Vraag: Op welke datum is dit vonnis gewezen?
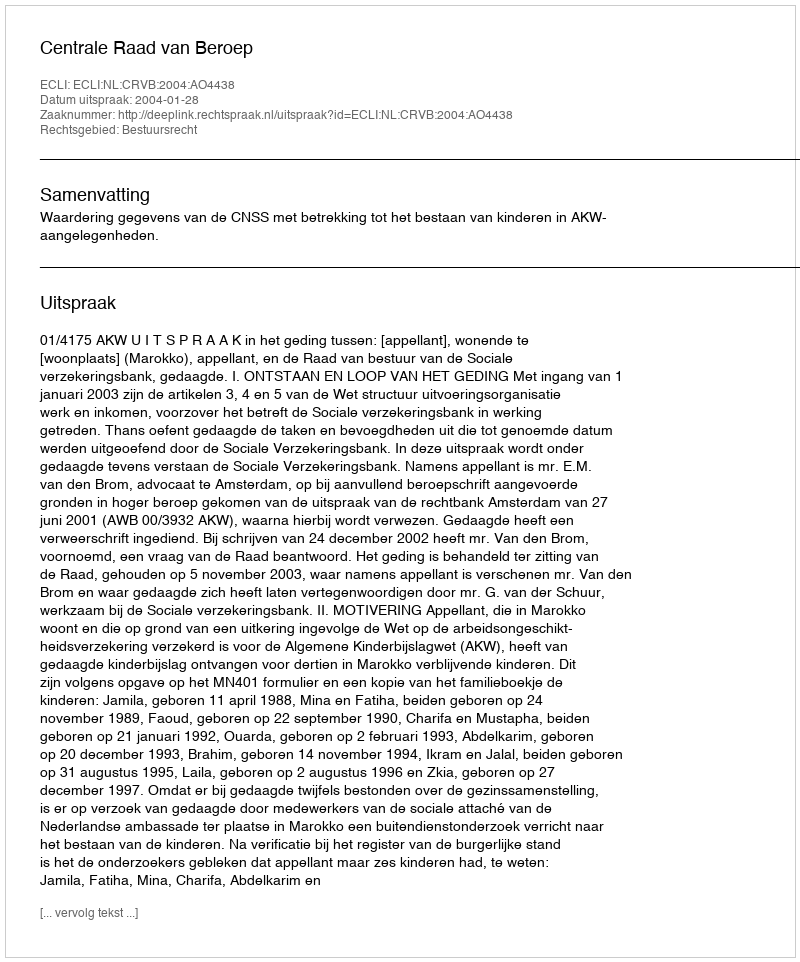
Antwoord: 2004-01-28